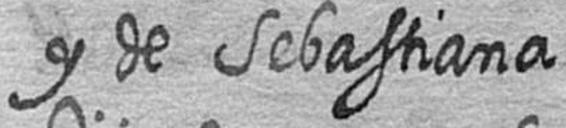
y de Sebastiana